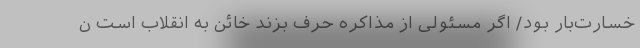
خسارت‌بار بود/ اگر مسئولی از مذاکره حرف بزند خائن به انقلاب است ن